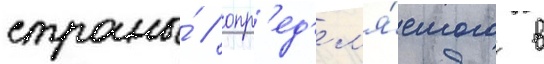
страны́ / опр'ед'ел'я́емого в